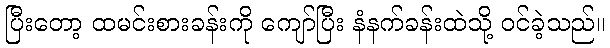
ပြီးတော့ ထမင်းစားခန်းကို ကျော်ပြီး နံနက်ခန်းထဲသို့ ဝင်ခဲ့သည်။